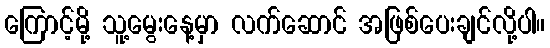
ကြောင့်မို့ သူ့မွေးနေ့မှာ လက်ဆောင် အဖြစ်ပေးချင်လို့ပါ။